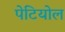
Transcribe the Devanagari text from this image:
पेटियोल